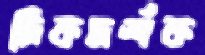
দিকদর্শক